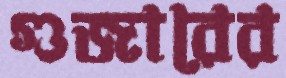
গুজারের